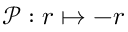
\mathcal { P } : \boldsymbol { r } \mapsto - \boldsymbol { r }